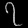
Digit: ၇